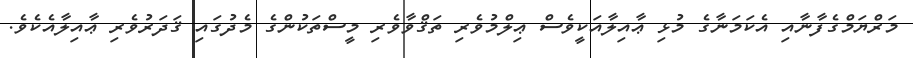
މަރްޔަމްގެފާނާއި އެކަމަނާގެ މުޅި ޢާއިލާއަކީވެސް ޢިލްމުވެރި ތަޤްވާވެރި މީސްތަކުންގެ މެދުގައި ޤަދަރުވެރި ޢާއިލާއެކެވެ.